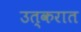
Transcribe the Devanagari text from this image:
उत्करात